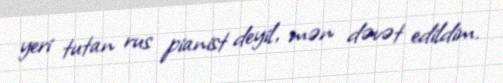
yeri tutan rus pianist deyil, mən dəvət edildim.